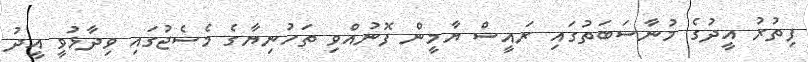
ފިތުރު އީދުގެ މުނާސަބަތުގައި ރައީސް ޔާމީން ފޮނުއްވި ތަހުނިޔާގެ މެސެޖުގައި ވިދާޅުވީ އީދު